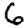
Digit: 6